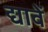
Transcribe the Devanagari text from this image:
द्यावें